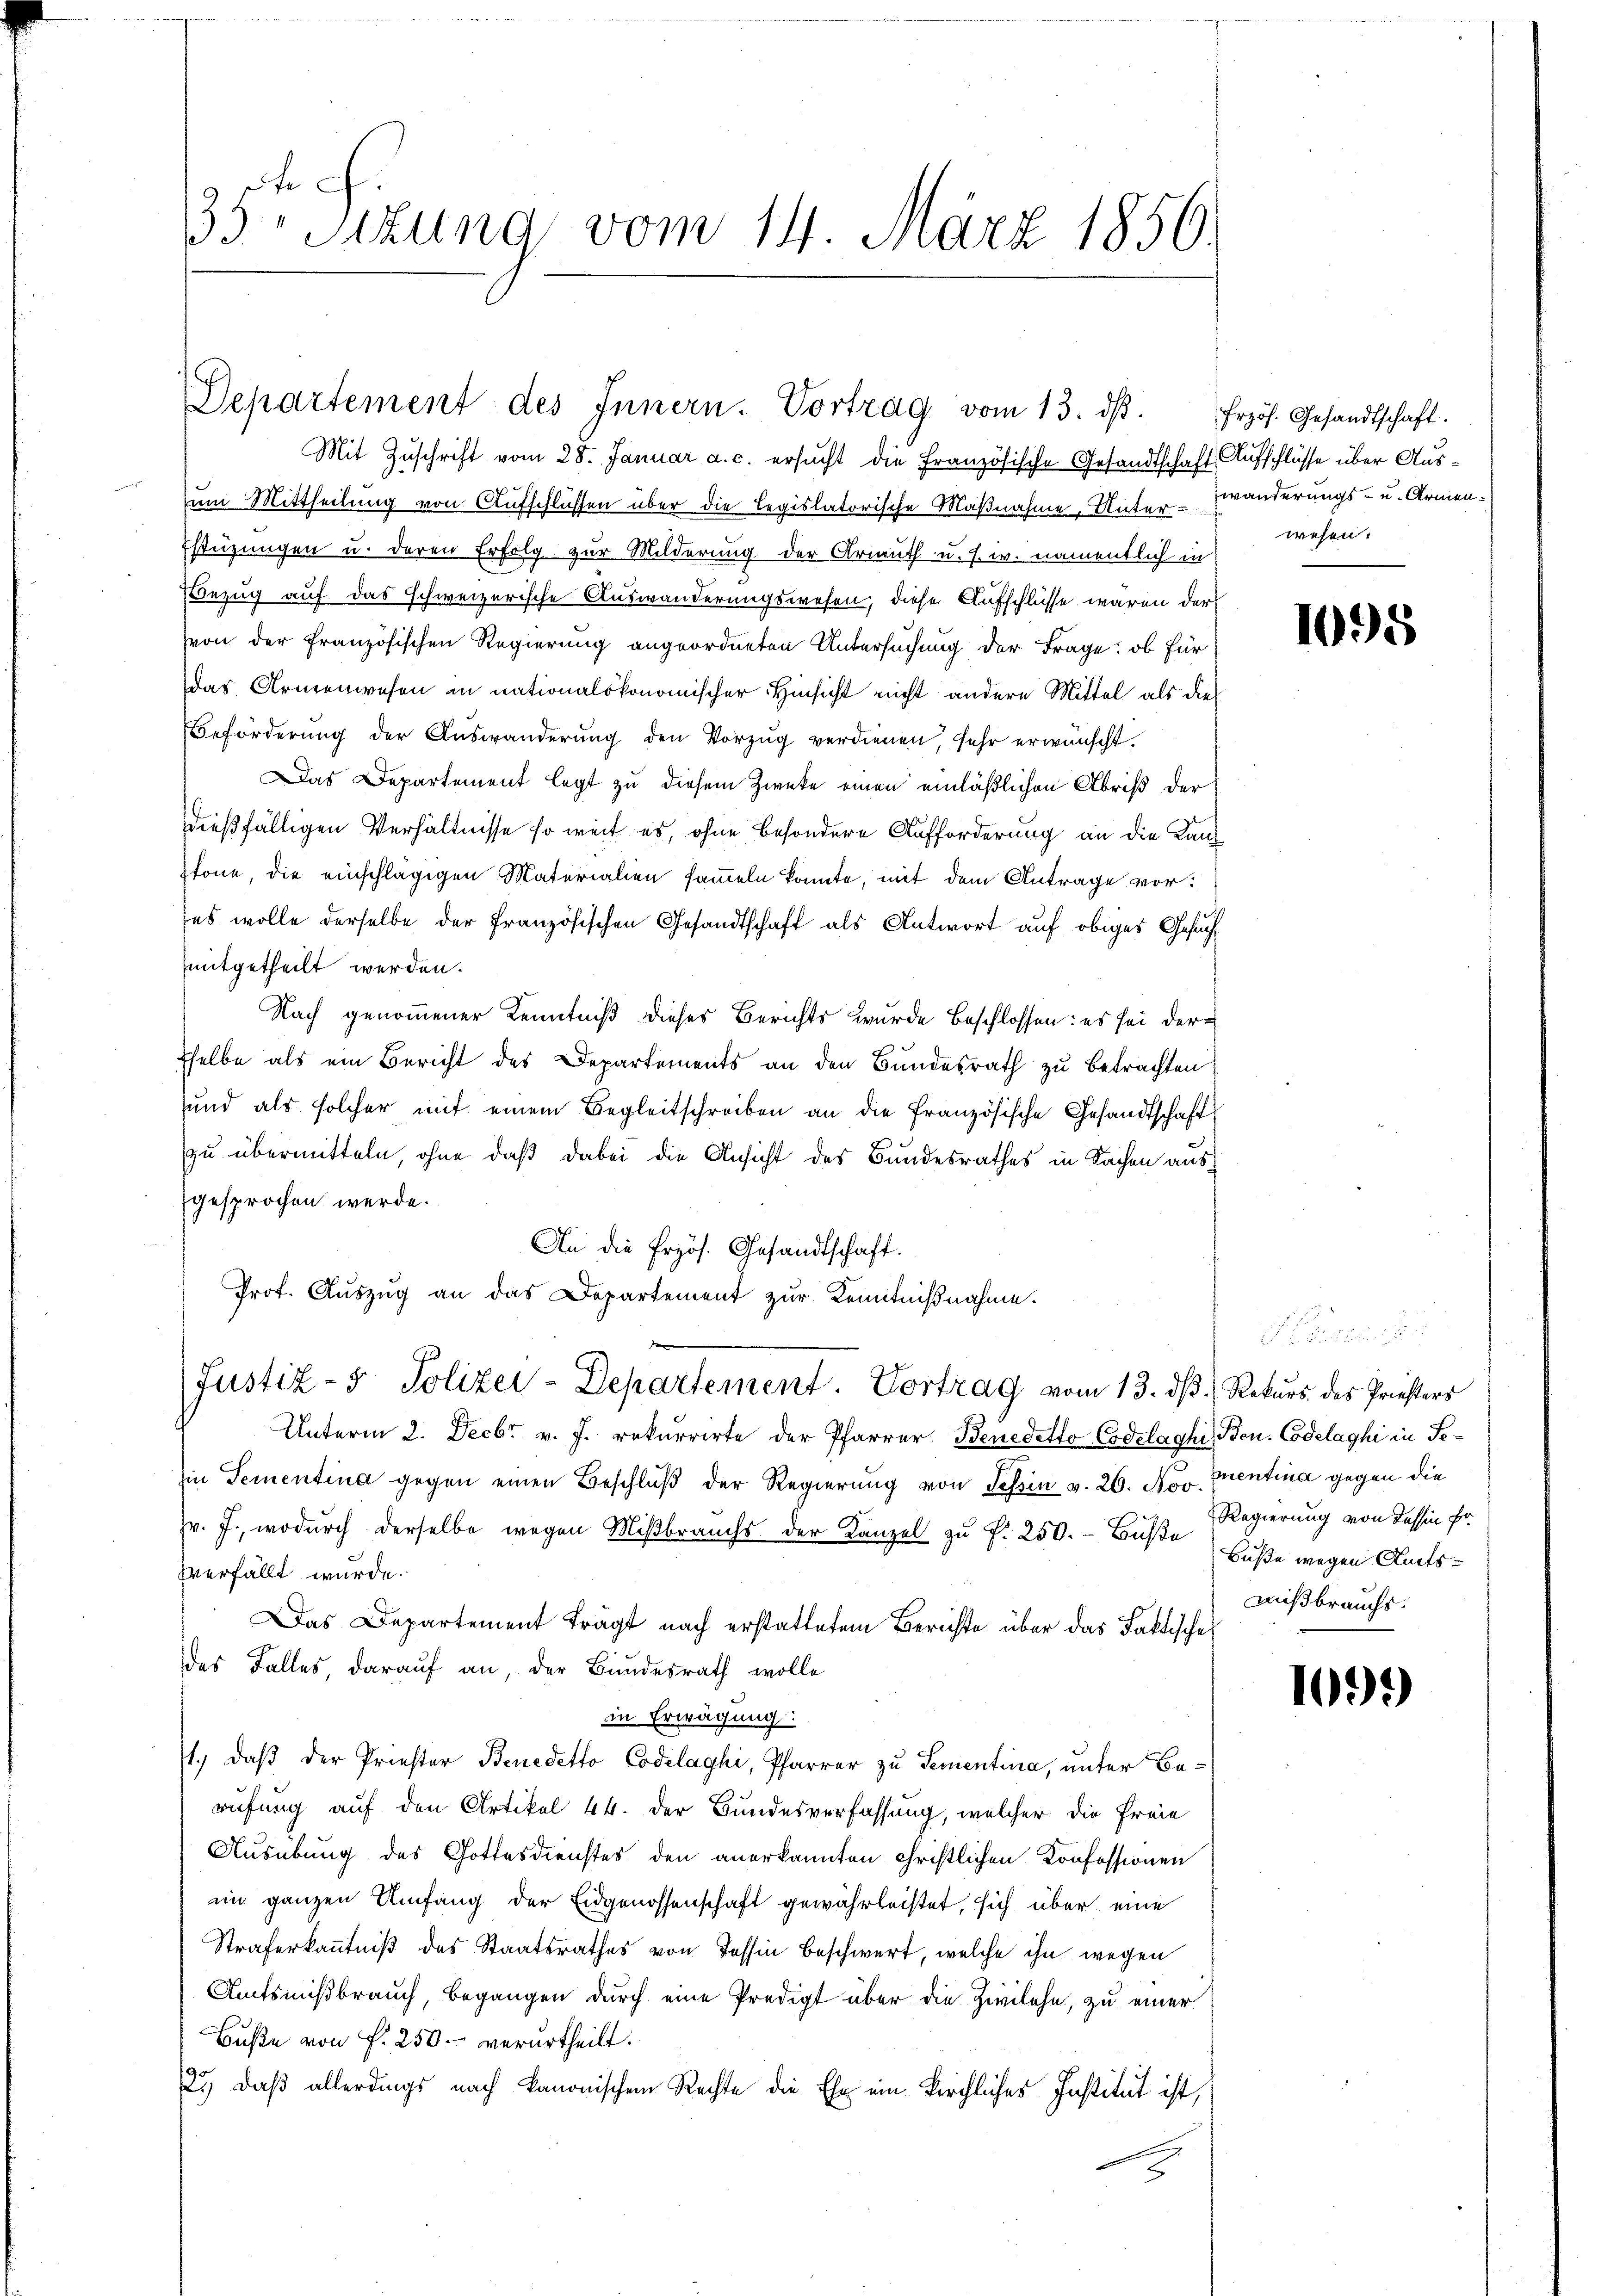
G
35 Sttung vom 14. März 1850.

Departement des Innern. Vortrag vom 13. ds.

Mit Zuschrift vom 28. Januar a. c. ersucht die Französische Gesandtschaft Aufschlüsse über Ausum Mittheilung von Aufschlüssen über die legislatorische Maßnahme, Unterwanderungs- u. Armen¬
Estüzungen u. deren Erfolg zur Milderung der Armuth u. s. w. namentlich in
Bezug auf das schweizerische Auswanderungswesen, diese Aufschlüsse waren der
von der französischen Regierung angeordneten Untersuchung der Frage: ob für
das Armenwesen in nationalskonomischer Hinsicht nicht andere Mittel als dies
Beförderung der Auswanderŭng den Vorzug verdienen, sehr erwünscht.
Das Departement legt zu diesem Zwecke einen einläßlichen Abris der
dießfälligen Verhältnisse so weit es, ohne besondere Aufforderung an die Kanptone, die einschlägigen Materialien sammeln konnte, mit dem Antrage vor:
ses wolle derselbe der französischen Gesandtschaft als Antwort auf obiges Gesuch
mitgetheilt werden.
Nach genommener Kenntniß dieses Berichts wurde Beschlossen: es sei der
sselbe als ein Bericht des Departements an den Bundesrath zu betrachten:
und als solcher mit einem Begleitschreiben an die französische Gesandtschaft
zu übermitteln, ohne daß dabei die Ansicht des Bundesrathes in Sachen ausgesprochen werde.
An die frzös. Gesandtschaft.
Prof. Auszug an das Departement zur Kenntnißnahme.
Justiz- & Polizei-Departement. Vortrag vom 13. dβ Rekurs des Priesters
Unterm 2. Decbr v. J. rekurrirte der Pfarrer Benedetto Codelaghi, Ben. Codelaghi in Sein Sementina gegen einen Beschluß der Regierung von Tessin v. 26. Nov. Mentina gegen die
v. J., wodurch derselbe wegen Mißbrauchs der Kanzel zu f. 250. - Buße Regierung von Tessin fr
verfällt wurde.
Das Departement trägt nach erstattetem Berichte über das Faktische
des Falles, darauf an, der Bundesrath wolle
in Erwägung:
1.) Daß der Priester Benedetto Codelaghi, Pfarrer zu Sementina, unter Berufung auf den Artikel 44. der Bundesverfassung, welcher die Freie
Ausübung des Gottesdienstes den anerkannten Christlichen Konfessionen
im ganzen Umfang der Eidgenossenschaft gewährleistet, sich über eine
Straferkanntniß des Staatsrathes von Tessin Beschwert, welche ihn wegen
Amtsnißbrauch, begangen durch eine Predigt über die Zivilehe, zu einer
Buße von f. 250. verurtheilt.
2.) Daß allerdings nach kanonischem Rechte die Ehe ein kirchliches Institut ist,

frzös. Gesandtschaft.
wesen:

1095

Buße wegen Amtsmißbrauchs.

1092)